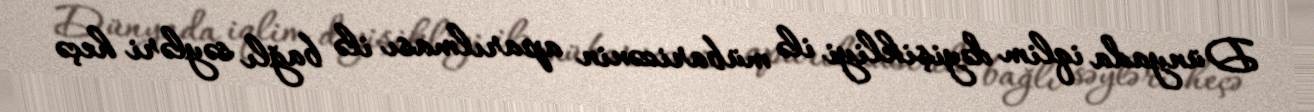
Dünyada iqlim dəyişikliyi ilə mübarizənin aparılması ilə bağlı səyləri heçə